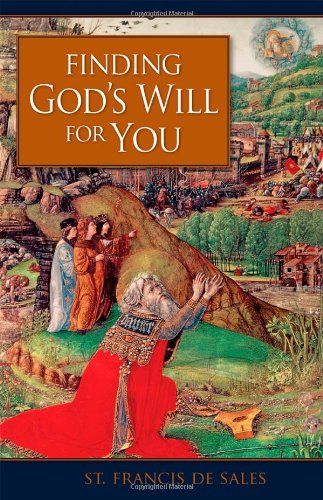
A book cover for Finding God's Will for You; St. Francis de Sales; Christian Books & Bibles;